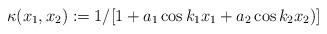
LaTeX: \begin{align*}\kappa(x_1,x_2):=1/[1+a_1\cos k_1x_1+a_2\cos k_2x_2)]\end{align*}